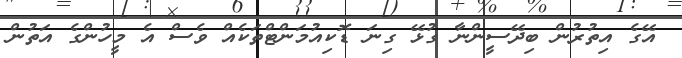
އޭގެ އިތުރުން ބިދޭސީންނާ ގުޅޭ ގިނަ ޑޮކިއުމަންޓްތަކެއް ވެސް އެ މީހުންގެ އަތުން